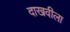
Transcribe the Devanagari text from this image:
दाखवीला